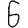
Digit: 6